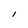
Character: l